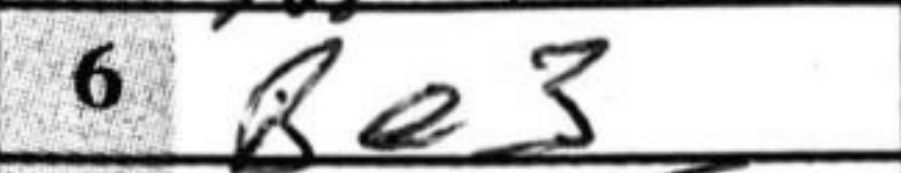
Transcription: Be3